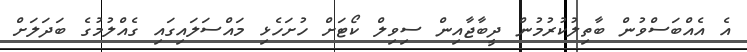
އެ އެއްބަސްވުން ބާތިލުކުރުމުން ދީބާޖާއިން ސިވިލް ކޯޓަށް ހުށަހެޅި މައްސަލައިގައި ގެއްލުމުގެ ބަދަލަށް